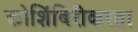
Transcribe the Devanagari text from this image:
कोशिंबिरीकरता